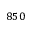
8 5 0